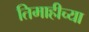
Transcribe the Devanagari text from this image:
तिमाहीच्या